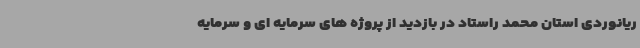
ریانوردی استان محمد راستاد در بازدید از پروژه های سرمایه ای و سرمایه